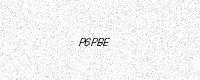
Text: P6PBE